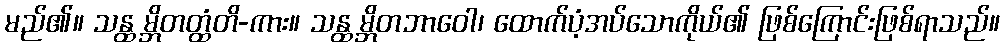
မည်၏။ သန္ထ မ္ဘိတတ္ထံတိ-ကား။ သန္ထ မ္ဘိတဘာဝေါ၊ ထောက်ပံ့အပ်သောကိုယ်၏ ဖြစ်ကြောင်းဖြစ်ရာသည်။